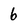
Character: 6